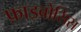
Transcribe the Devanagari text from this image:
फ़ाइब्रोसिस